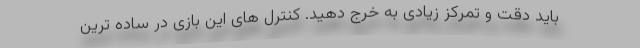
باید دقت و تمرکز زیادی به خرج دهید. کنترل های این بازی در ساده ترین